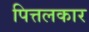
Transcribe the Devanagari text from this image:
पित्तलकार